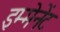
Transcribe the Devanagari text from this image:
इम्मेनेंट